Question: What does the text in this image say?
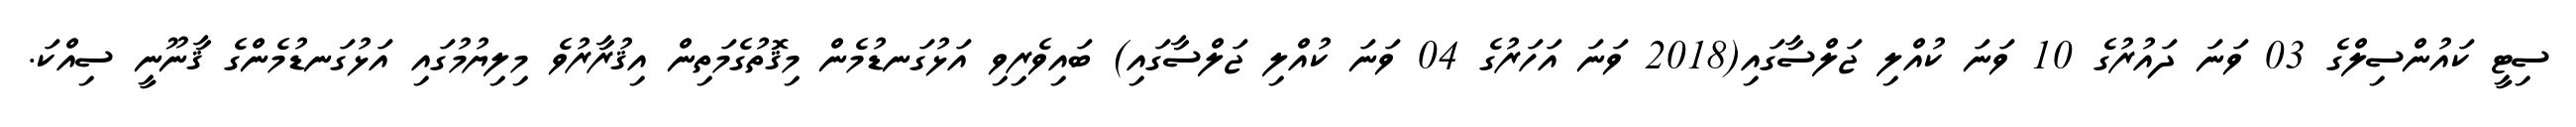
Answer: ސިޓީ ކައުންސިލްގެ 03 ވަނަ ދައުރުގެ 10 ވަނަ ކުއްލި ޖަލްސާގައި(2018 ވަނަ އަހަރުގެ 04 ވަނަ ކުއްލި ޖަލްސާގައި) ބައިވެރިވި އަޅުގަނޑުމެން މިޤޮތުގެމަތިން އިޤުރާރުވެ މިލިޔުމުގައި އަޅުގަނޑުމެންގެ ޤާނޫނީ ސިއްކަ.